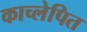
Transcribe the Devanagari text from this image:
काच्लेपित